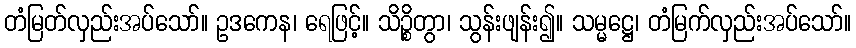
တံမြတ်လှည်းအပ်သော်။ ဥဒကေန၊ ရေဖြင့်။ သိဉ္စိတွာ၊ သွန်းဖျန်း၍။ သမ္မဋ္ဌေ၊ တံမြက်လှည်းအပ်သော်။